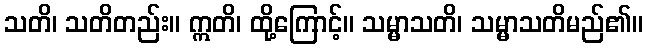
သတိ၊ သတိတည်း။ ဣတိ၊ ထို့ကြောင့်။ သမ္မာသတိ၊ သမ္မာသတိမည်၏။